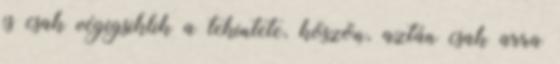
is csak végigsiklik a tekintete, köszön, aztán csak arra